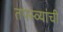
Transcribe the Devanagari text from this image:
तपस्व्यांची